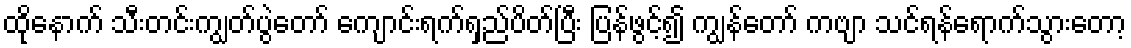
ထိုနောက် သီးတင်းကျွတ်ပွဲတော် ကျောင်းရက်ရှည်ပိတ်ပြီး ပြန်ဖွင့်၍ ကျွန်တော် ကဗျာ သင်ရန်ရောက်သွားတော့